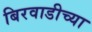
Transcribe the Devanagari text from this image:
बिरवाडीच्या